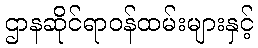
ဌာနဆိုင်ရာဝန်ထမ်းများနှင့်